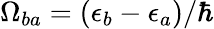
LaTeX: \Omega_{ba}=\left(\epsilon_{b}-\epsilon_{a}\right)/\hbar